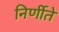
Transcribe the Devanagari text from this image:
निर्णीते